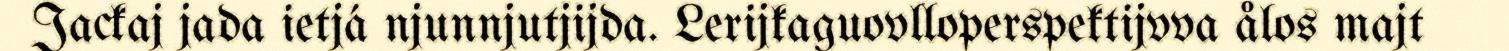
Jackaj jada ietjá njunnjutjijda. Lerijkaguovlloperspektijvva ålos majt